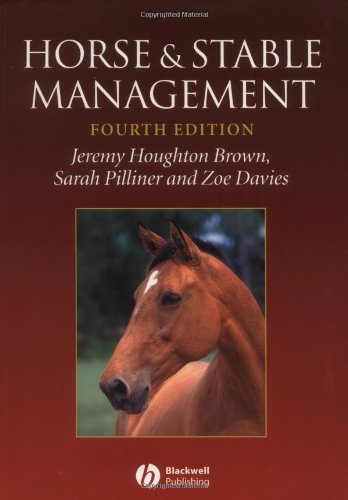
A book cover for Horse and Stable Management; Jeremy Houghton Brown; Medical Books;